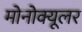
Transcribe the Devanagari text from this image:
मोनोक्यूलर